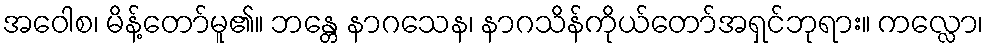
အဝေါစ၊ မိန့်တော်မူ၏။ ဘန္တေ နာဂသေန၊ နာဂသိန်ကိုယ်တော်အရှင်ဘုရား။ ကလ္လော၊